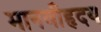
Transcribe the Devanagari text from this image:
मानवीहृदय